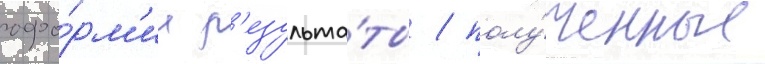
офо́рм'ил р'езульта́ты / полу́ченные